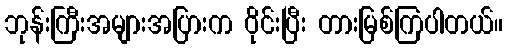
ဘုန်းကြီးအများအပြားက ဝိုင်းပြီး တားမြစ်ကြပါတယ်။